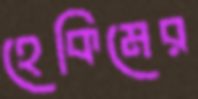
হেকিমের